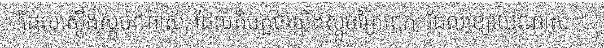
"ដែលស្តើងស្តួចណាស់, ដែលតិចតួចស្តើងស្តួចក្រៃពេក; ដែលខ្សោយណាស់ :"